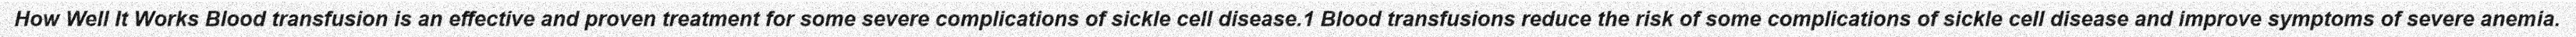
How Well It Works Blood transfusion is an effective and proven treatment for some severe complications of sickle cell disease.1 Blood transfusions reduce the risk of some complications of sickle cell disease and improve symptoms of severe anemia.